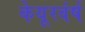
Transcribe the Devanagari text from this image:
केयूरवंर्ष